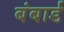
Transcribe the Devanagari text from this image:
बंबार्ड